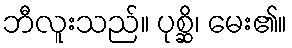
ဘီလူးသည်။ ပုစ္ဆိ၊ မေး၏။